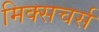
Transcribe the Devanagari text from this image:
मिक्सचर्स